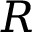
R